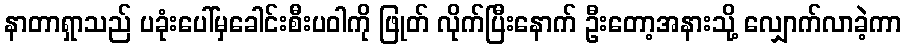
နာတာရှာသည် ပခုံးပေါ်မှခေါင်းစီးပဝါကို ဖြုတ် လိုက်ပြီးနောက် ဦးတော့အနားသို့ လျှောက်လာခဲ့ကာ